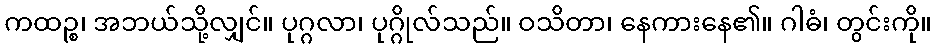
ကထဉ္စ၊ အဘယ်သို့လျှင်။ ပုဂ္ဂလာ၊ ပုဂ္ဂိုလ်သည်။ ဝသိတာ၊ နေကားနေ၏။ ဂါဓံ၊ တွင်းကို။